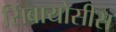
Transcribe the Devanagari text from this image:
सिंबायोसीस